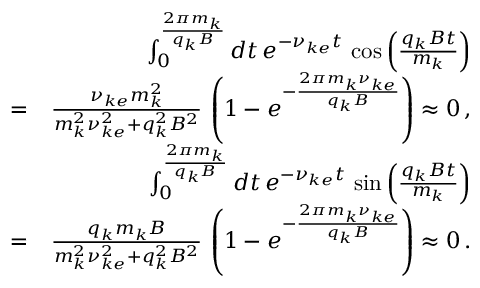
\begin{array} { r l r } & { } & { \int _ { 0 } ^ { \frac { 2 \pi m _ { k } } { q _ { k } B } } d t \, e ^ { - \nu _ { k e } t } \, \cos \left( \frac { q _ { k } B t } { m _ { k } } \right) } \\ & { = } & { \frac { \nu _ { k e } m _ { k } ^ { 2 } } { m _ { k } ^ { 2 } \nu _ { k e } ^ { 2 } + q _ { k } ^ { 2 } B ^ { 2 } } \, \left( 1 - e ^ { - \frac { 2 \pi m _ { k } \nu _ { k e } } { q _ { k } B } } \right) \approx 0 \, , } \\ & { } & { \int _ { 0 } ^ { \frac { 2 \pi m _ { k } } { q _ { k } B } } d t \, e ^ { - \nu _ { k e } t } \, \sin \left( \frac { q _ { k } B t } { m _ { k } } \right) } \\ & { = } & { \frac { q _ { k } m _ { k } B } { m _ { k } ^ { 2 } \nu _ { k e } ^ { 2 } + q _ { k } ^ { 2 } B ^ { 2 } } \, \left( 1 - e ^ { - \frac { 2 \pi m _ { k } \nu _ { k e } } { q _ { k } B } } \right) \approx 0 \, . } \end{array}